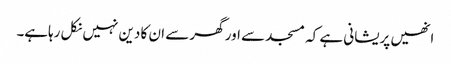
انھیں پریشانی ہے کہ مسجد سے اور گھر سے ان کا دین نہیں نکل رہاہے۔